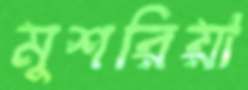
মুশরিয়া